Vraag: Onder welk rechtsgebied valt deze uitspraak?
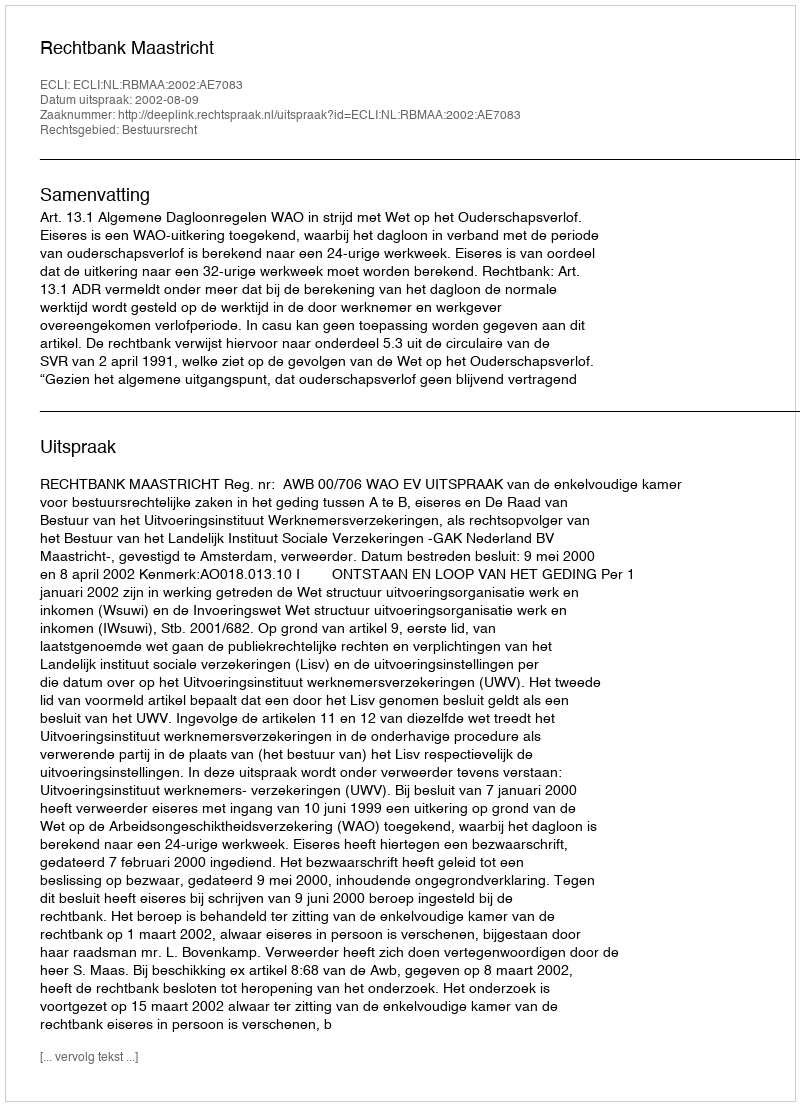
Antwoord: Bestuursrecht